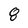
Character: 8